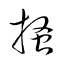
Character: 掻